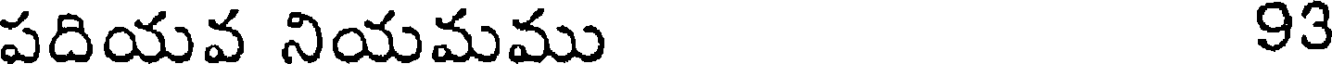
పదియవ నియమము 93